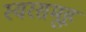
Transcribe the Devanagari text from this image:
स्वरसमूह